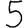
Digit: 5